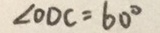
\angle O D C = 6 0 ^ { \circ }